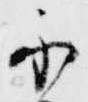
示